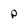
Character: p